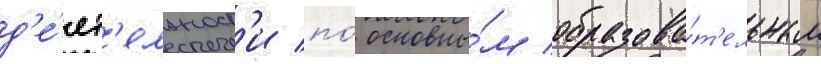
д'е́ят'ельност'и по́ основны́м образова́т'ельным